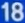
1812